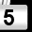
Digit: 5